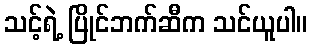
သင့်ရဲ့ ပြိုင်ဘက်ဆီက သင်ယူပါ။